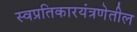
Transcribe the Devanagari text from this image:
स्वप्रतिकारयंत्रणेतील